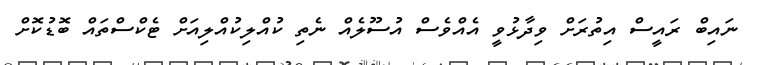
ނައިބް ރައީސް އިތުރަށް ވިދާޅުވީ އެއްވެސް އުސޫލެއް ނެތި ކުއްލިކުއްލިއަށް ޓެކްސްތައް ބޮޑުކޮށް